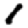
Digit: 1